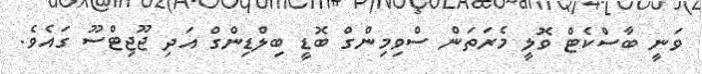
ވަނީ ބާސްކެޓް ވޮލީ މެރަތަން ސްވިމިންގް ބޮޑީ ބިލްޑިންގް އަދި ޖޫޖިޓްސޫ ގައެވެ.